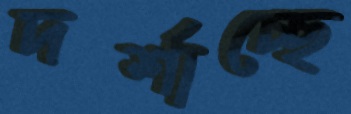
দর্শাচ্ছে